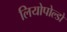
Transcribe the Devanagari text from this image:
लियोपोल्डो